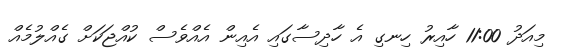
މިއަދު 11:00 ހާއިރު ހިނގި އެ ހާދިސާގައި އެއިން އެއްވެސް ކުއްޖަކަށް ގެއްލުމެއް